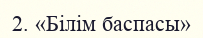
2. «Білім баспасы»